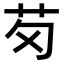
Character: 𫇬